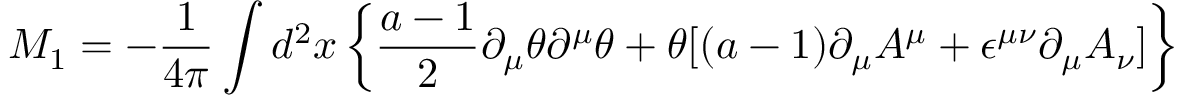
M _ { 1 } = - { \frac { 1 } { 4 \pi } } \int d ^ { 2 } x \left\{ { \frac { a - 1 } { 2 } } \partial _ { \mu } \theta \partial ^ { \mu } \theta + \theta [ ( a - 1 ) \partial _ { \mu } A ^ { \mu } + \epsilon ^ { \mu \nu } \partial _ { \mu } A _ { \nu } ] \right\}